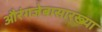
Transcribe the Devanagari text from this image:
औरंगजेबासारख्या